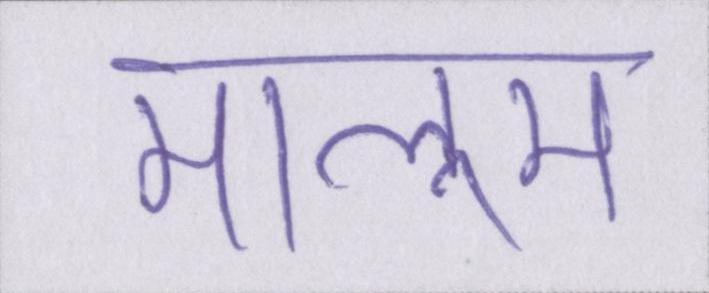
मालूम